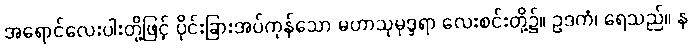
အရောင်လေးပါးတို့ဖြင့် ပိုင်းခြားအပ်ကုန်သော မဟာသုမုဒ္ဒရာ လေးစင်းတို့၌။ ဥဒကံ၊ ရေသည်။ န